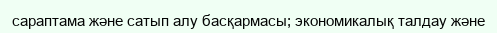
сараптама және сатып алу басқармасы; экономикалық талдау және